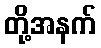
တို့အနက်